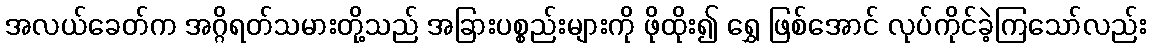
အလယ်ခေတ်က အဂ္ဂိရတ်သမားတို့သည် အခြားပစ္စည်းများကို ဖိုထိုး၍ ရွှေ ဖြစ်အောင် လုပ်ကိုင်ခဲ့ကြသော်လည်း